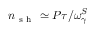
n _ { \mathrm { ~ s ~ h ~ } } \simeq P \tau / \omega _ { \gamma } ^ { S }